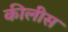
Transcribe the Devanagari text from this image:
कीलीस